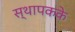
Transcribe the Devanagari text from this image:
स्थापकके